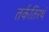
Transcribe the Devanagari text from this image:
तर्कतिरथं